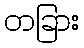
တခြား